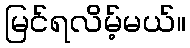
မြင်ရလိမ့်မယ်။